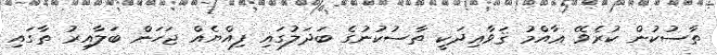
ތާސުކުން ކުރެވޭ ޢާއްމު ޤަވާޢިދަކީ ތާސުކުނުގެ ބަދަލުގައި ފިއްޔެއް ޖަހަން ބަލާއިރު ތާގައި